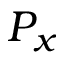
P _ { x }